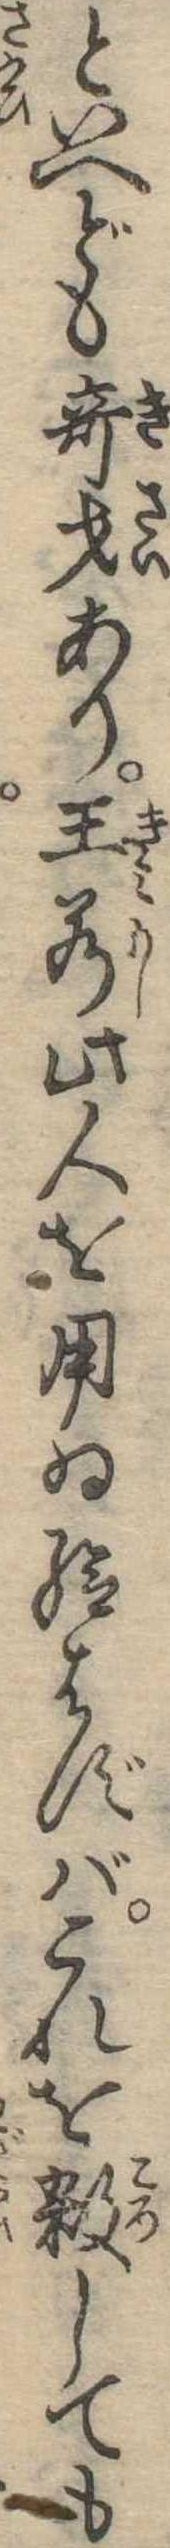
といへども奇才あり王若此人を用ゐ給はずばこれを殺しても